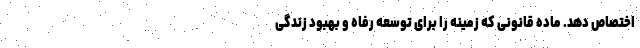
اختصاص دهد. ماده قانونی که زمینه را برای توسعه رفاه و بهبود زندگی